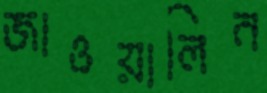
জাওয়ালিন